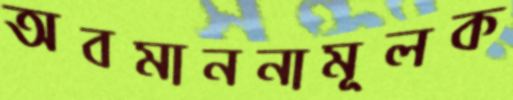
অবমাননামূলক